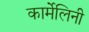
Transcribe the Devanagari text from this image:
कार्मेलिनी